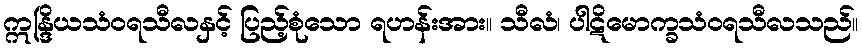
ဣန္ဒြိယသံဝရသီလနှင့် ပြည့်စုံသော ရဟန်းအား။ သီလံ၊ ပါဋိမောက္ခသံဝရသီလသည်။